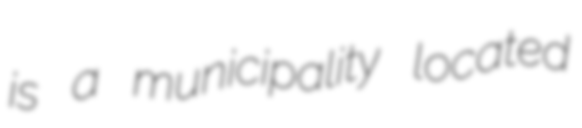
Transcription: is a municipality located